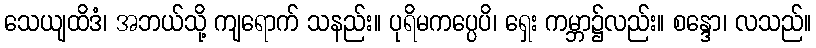
သေယျထိဒံ၊ အဘယ်သို့ ကျရောက် သနည်း။ ပုရိမကပ္ပေပိ၊ ရှေး ကမ္ဘာ၌လည်း။ စန္ဒော၊ လသည်။